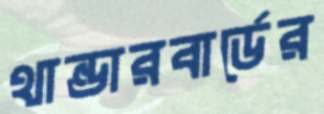
থান্ডারবার্ডের